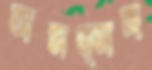
অসত্সঙ্গ